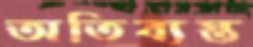
অতিব্যস্ত